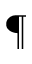
\P